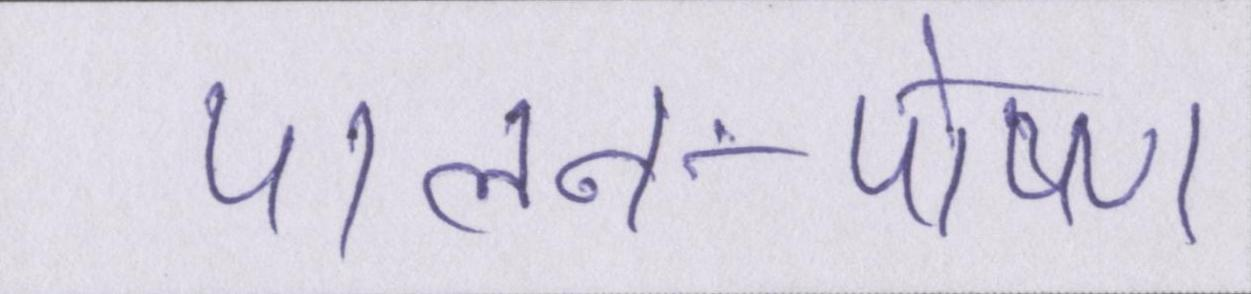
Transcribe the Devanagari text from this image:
पालन-पोषण